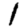
Digit: 1